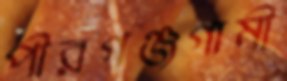
পীরগঞ্জগামী